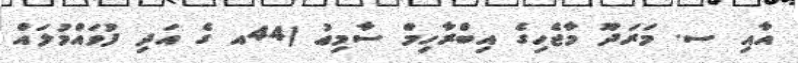
އާއި ސ. މަރަދޫ މާޖެހިގެ އިބްރާހިމް ސާމިޢު (44އ ގެ އަދި ފުވައްމުލައް